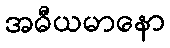
အဓီယမာနော